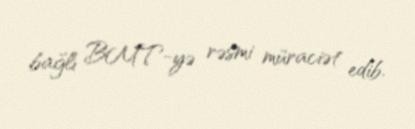
bağlı BMT-yə rəsmi müraciət edib.